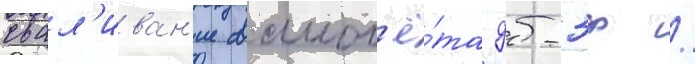
свал'иван'ие самол'ё́та дб-3ф /